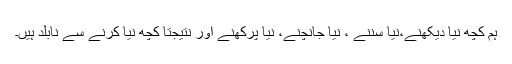
ہم کچھ نیا دیکھنے،نیا سننے ، نیا جانچنے، نیا پرکھنے اور نتیجتا کچھ نیا کرنے سے نابلد ہیں۔